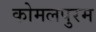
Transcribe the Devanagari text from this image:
कोमलपुरम